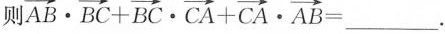
则 $$\overrightarrow { A B } \cdot \overrightarrow { B C } + \overrightarrow { B C } \cdot \overrightarrow { C A } + \overrightarrow { C A } \cdot \overrightarrow { A B } = ___$$.